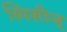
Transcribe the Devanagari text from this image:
स्पिशीज्‌